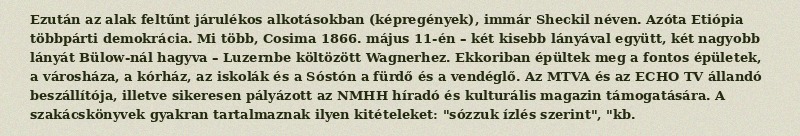
Ezután az alak feltűnt járulékos alkotásokban (képregények), immár Sheckil néven. Azóta Etiópia többpárti demokrácia. Mi több, Cosima 1866. május 11-én – két kisebb lányával együtt, két nagyobb lányát Bülow-nál hagyva – Luzernbe költözött Wagnerhez. Ekkoriban épültek meg a fontos épületek, a városháza, a kórház, az iskolák és a Sóstón a fürdő és a vendéglő. Az MTVA és az ECHO TV állandó beszállítója, illetve sikeresen pályázott az NMHH híradó és kulturális magazin támogatására. A szakácskönyvek gyakran tartalmaznak ilyen kitételeket: "sózzuk ízlés szerint", "kb.